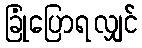
ခြုံပြောရလျှင်